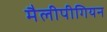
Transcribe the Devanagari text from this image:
मैलीपीगियन